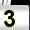
Digit: 3